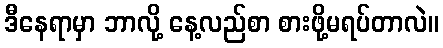
ဒီနေရာမှာ ဘာလို့ နေ့လည်စာ စားဖို့မရပ်တာလဲ။